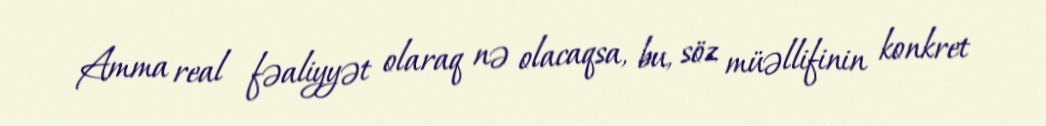
Amma real fəaliyyət olaraq nə olacaqsa, bu, söz müəllifinin konkret